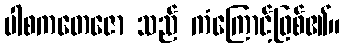
ပါစကတေဇော သည် ကံကြောင့်ဖြစ်၏။